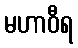
မဟာဝီရ